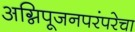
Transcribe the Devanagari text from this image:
अग्निपूजनपरंपरेचा